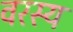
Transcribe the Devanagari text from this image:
वरस्य